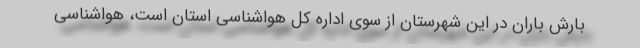
بارش باران در این شهرستان از سوی اداره کل هواشناسی استان است، هواشناسی